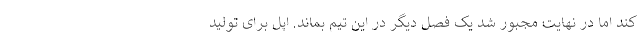
کند اما در نهایت مجبور شد یک فصل دیگر در این تیم بماند. اپل برای تولید